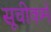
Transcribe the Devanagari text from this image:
सूचीकर्म